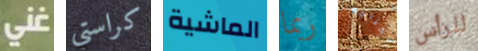
غني كراستي الماشية ربما أحتاجه للرأس